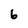
Character: 6